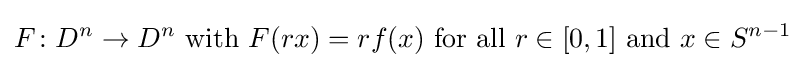
F\colon D^{n}\to D^{n}{\text{ with }}F(rx)=rf(x){\text{ for all }}r\in [0,1]{\text{ and }}x\in S^{n-1}